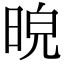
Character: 𣆿